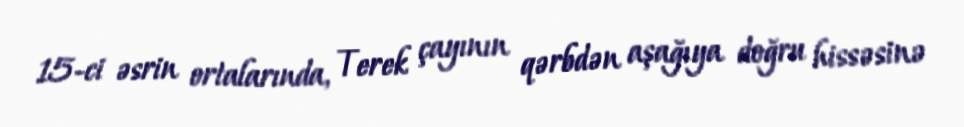
15-ci əsrin ortalarında, Terek çayının qərbdən aşağıya doğru hissəsinə